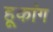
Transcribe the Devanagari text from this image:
हूकांग